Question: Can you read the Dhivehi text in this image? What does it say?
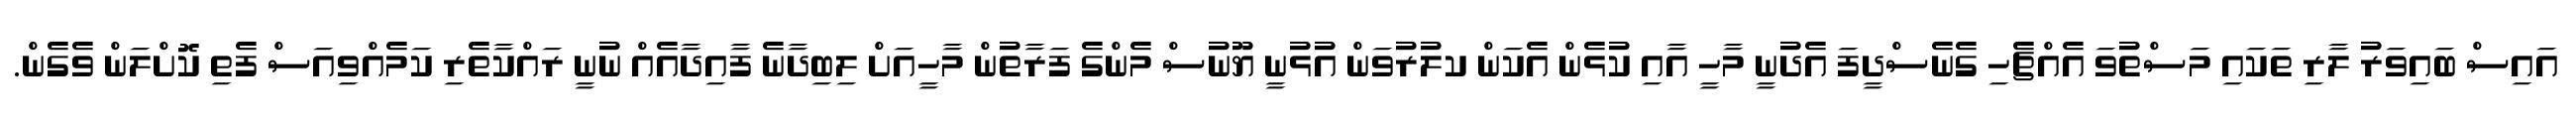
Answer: އައިސް ބައިވަރު ލާރި ތަކައި މަސްތުވަ އެއްޗެހި ގެނެސްދީފަ އެދުނީ މާހީ އާއި ކުޅެން އެކަން ކލުރުވަން އުޅުނީ ޔޫނުސް މެންގެ ފަރާތުން މާހީއަށް ލިބިދާނެ ފާއިދާއެއް ނުނީ ރައްކާތެރި ކަމެއްވިއަސް ފެތި ކޮށްލަން ވެގެން.